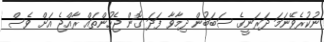
ނުކުރެވޭނަމަ ދަރަނީގެ ސަބަބުން ދިމާވާ ފަދަ ގޮން ޖެހުންތައް ރާއްޖެ އަށް ވެސް